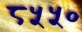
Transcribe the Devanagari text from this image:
८५५०